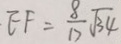
E F = \frac { 8 } { 1 7 } \sqrt { 3 4 }